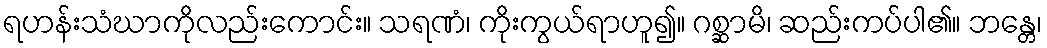
ရဟန်းသံဃာကိုလည်းကောင်း။ သရဏံ၊ ကိုးကွယ်ရာဟူ၍။ ဂစ္ဆာမိ၊ ဆည်းကပ်ပါ၏။ ဘန္တေ၊